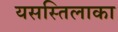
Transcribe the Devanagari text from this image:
यसस्तिलाका